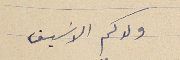
ولدكم الاسَيف